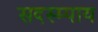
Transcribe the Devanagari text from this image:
सदस्म्पाय